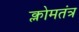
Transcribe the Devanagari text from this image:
क्लोमतंत्र